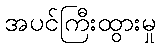
အပင်ကြီးထွားမှု